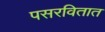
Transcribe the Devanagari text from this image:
पसरवितात